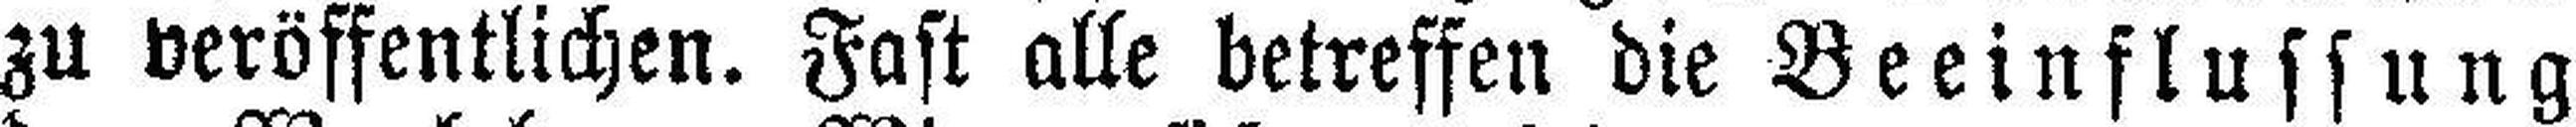
zu veröffentlichen. Fast alle betreffen die Beeinflussung